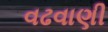
વઢવાણી